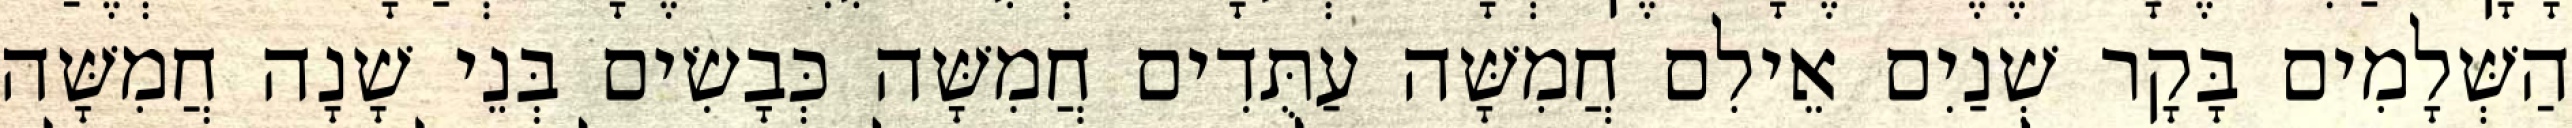
הַשְּׁלָמִים בָּקָר שְׁנַיִם אֵילִם חֲמִשָּׁה עַתֻּדִים חֲמִשָּׁה כְּבָשִׂים בְּנֵי שָׁנָה חֲמִשָּׁה